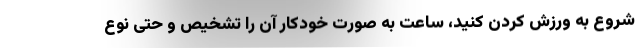
شروع به ورزش کردن کنید، ساعت به صورت خودکار آن را تشخیص و حتی نوع